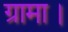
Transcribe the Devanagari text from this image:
ग्रामा।